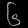
Digit: ၆